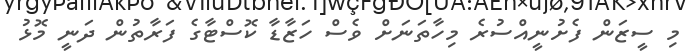
މި ސީޒަން ފެށުނީއްސުރެ މިހާތަނަށް ވެސް ހަޒާޑާ ކޮސްޓާގެ ފަރާތުން ދަނީ މޮޅު